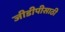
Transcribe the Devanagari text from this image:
जीडीपीसाठी